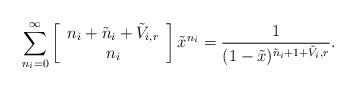
LaTeX: \begin{align*}\sum_{n_i=0}^{\infty}\left[\begin{array}{c}n_i+\tilde{n}_i+\tilde{V}_{i,r} \\ n_i \end{array} \right]\tilde x^{n_i}=\frac{1}{(1-\tilde x)^{\tilde n_i+1+\tilde{V}_i,r}}.\end{align*}